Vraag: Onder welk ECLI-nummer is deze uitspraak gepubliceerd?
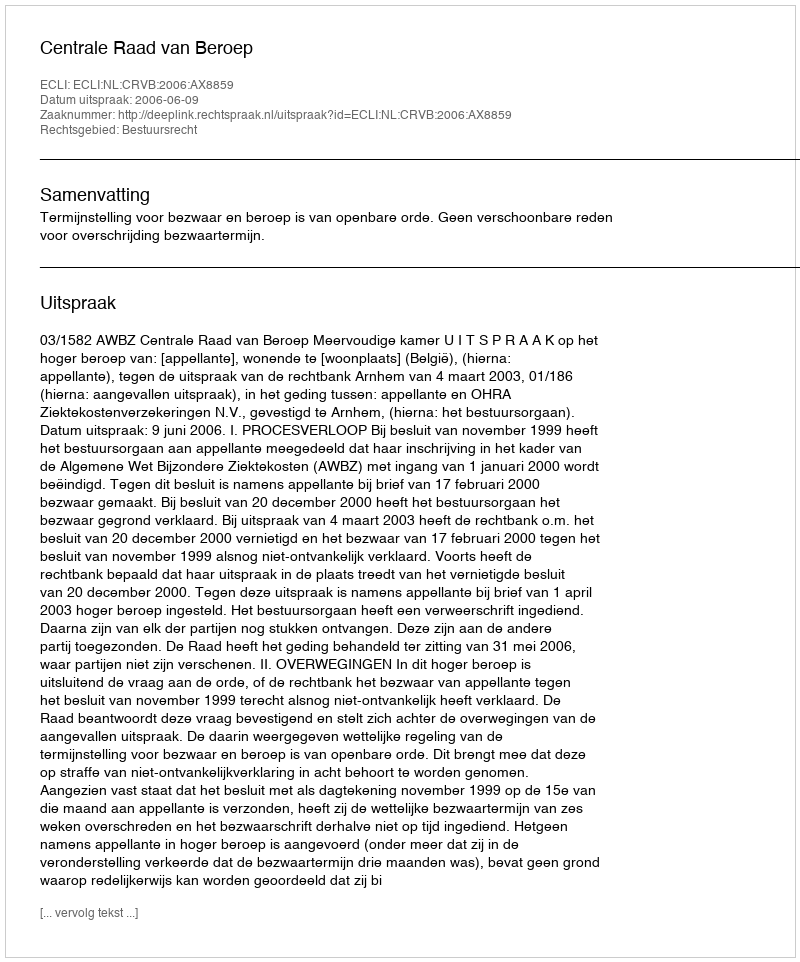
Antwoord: ECLI:NL:CRVB:2006:AX8859